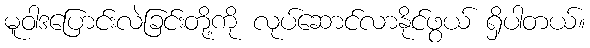
မူဝါဒပြောင်းလဲခြင်းတို့ကို လုပ်ဆောင်လာနိုင်ဖွယ် ရှိပါတယ်။